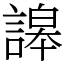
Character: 䜂